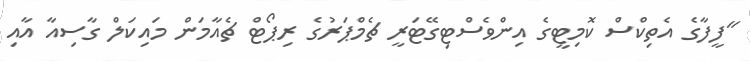
"ފީފާގެ އެތިކްސް ކޮމިޓީގެ އިންވެސްޓިގޭޓަރީ ޗެމްޕަރުގެ ރިޕޯޓް ޗެއާމަން މައިކަލް ގާސިއާ އާއި